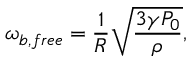
\omega _ { b , f r e e } = \frac { 1 } { R } \sqrt { \frac { 3 \gamma P _ { 0 } } { \rho } } ,